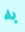
به